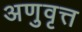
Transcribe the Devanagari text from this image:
अणुवृत्त